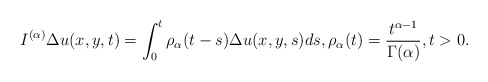
\begin{align*} I^{(\alpha)}\Delta u(x,y,t)=\int^t_0\rho_\alpha(t-s)\Delta u(x,y,s)ds,\rho_\alpha(t)=\frac{t^{\alpha-1}}{\Gamma(\alpha)},t> 0. \end{align*}